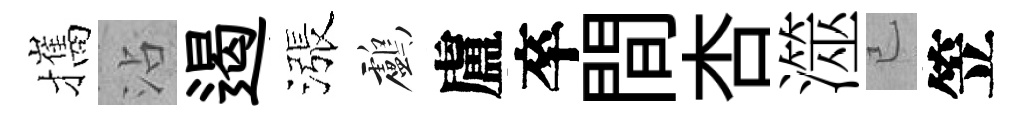
攜沾遏漲鸕盧卒間杏澨已笠